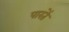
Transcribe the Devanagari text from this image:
पारतें